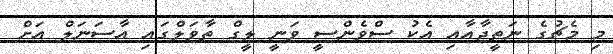
މި މެޗުގެ ނަތީޖާއާއި އެކު ސްވެންސީ ވަނީ ލީގް ތާވަލްގައި އާސަނަލް އަށް